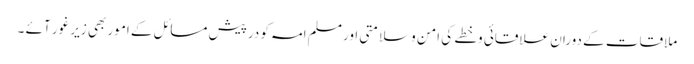
ملاقات کے دوران علاقائی وخطے کی امن وسلامتی اور مسلم امہ کو درپیش مسائل کے امور بھی زیر غور آئے ۔